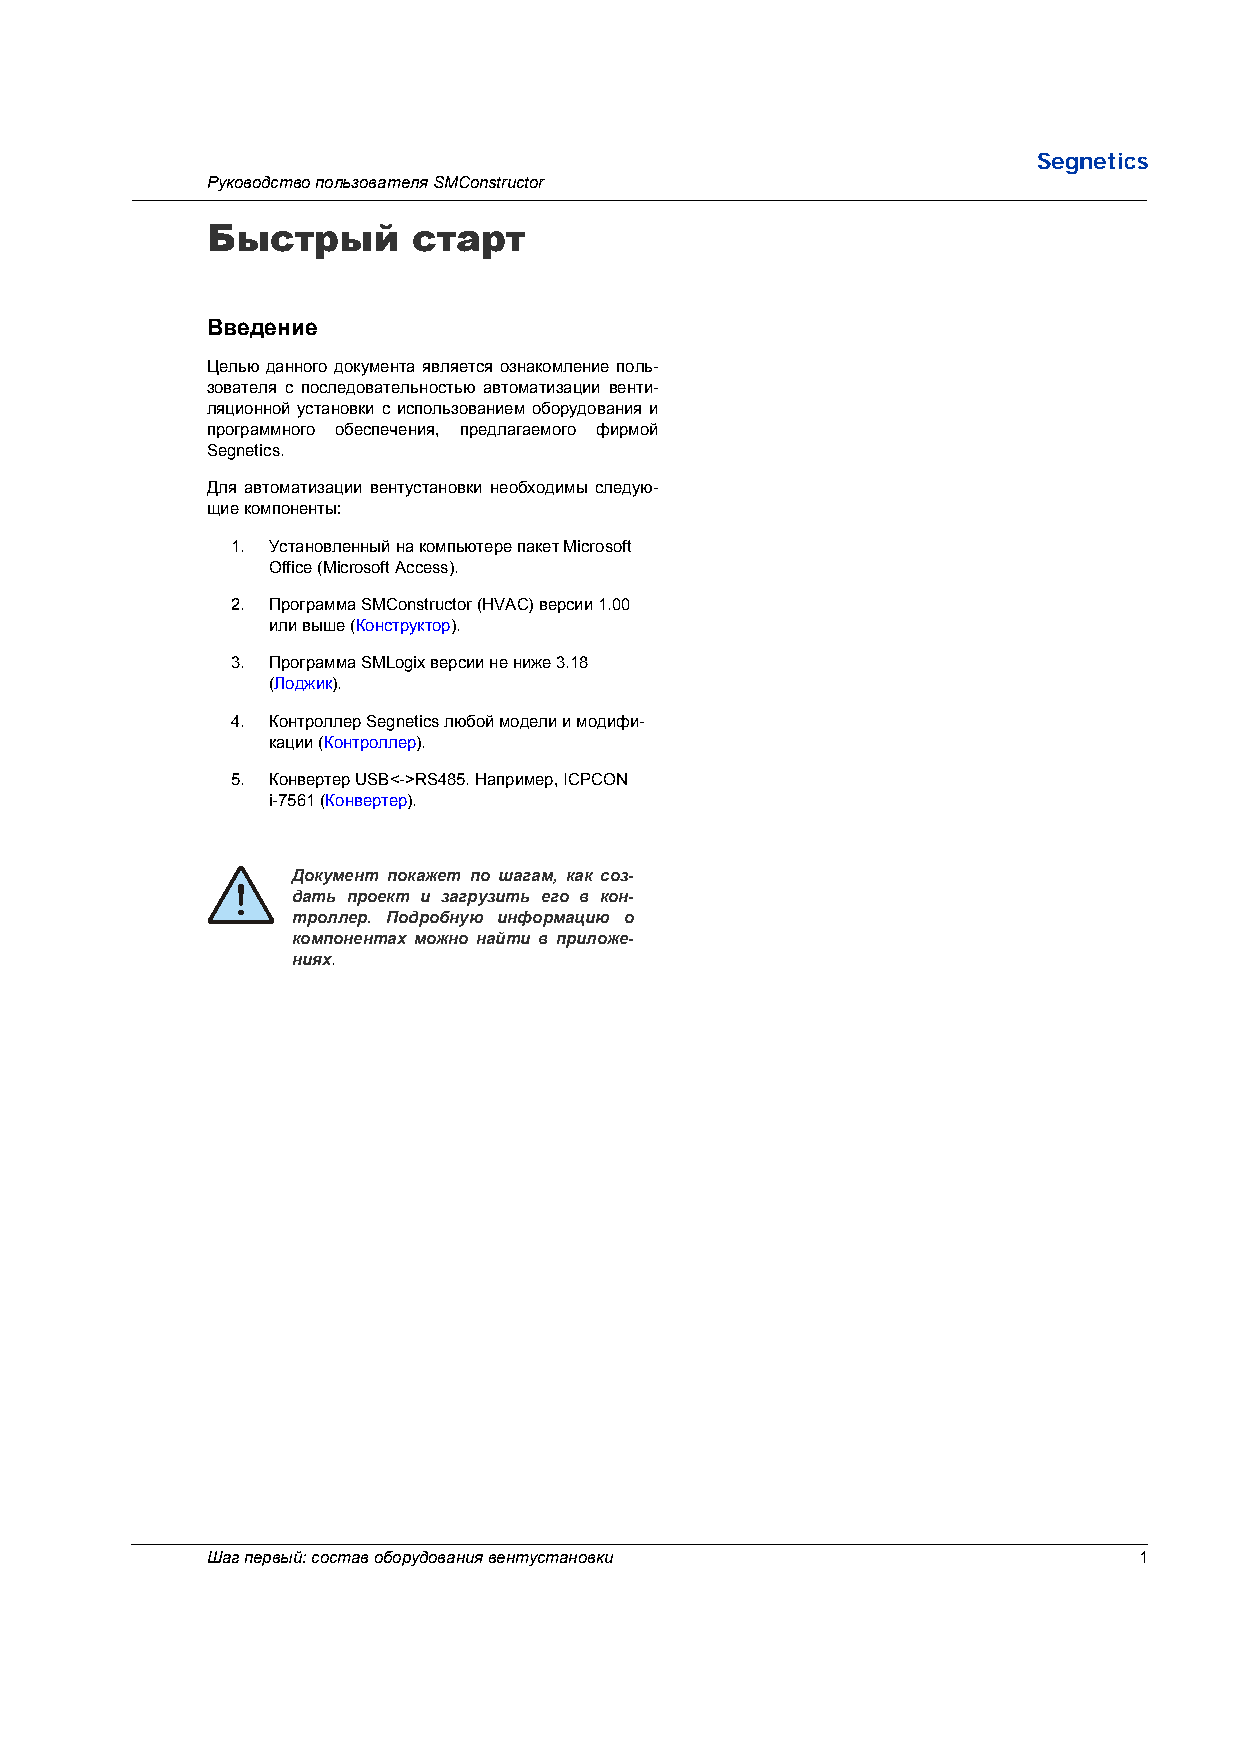
Segnetics
 Руководство пользователя SMConstructor
 Быстрый      старт
 Введение
 Целью данного документа является ознакомление поль-
 зователя с последовательностью автоматизации венти-
 ляционной установки с использованием оборудования и
 программного обеспечения, предлагаемого фирмой
 Segnetics.
 Для автоматизации вентустановки необходимы следую-
 щие компоненты:
 1. Установленный на компьютере пакет Microsoft
 Office (Microsoft Access).
 2. Программа SMConstructor (HVAC) версии 1.00
 или выше (Конструктор).
 3. Программа SMLogix версии не ниже 3.18
 (Лоджик).
 4. Контроллер Segnetics любой модели и модифи-
 кации (Контроллер).
 5. Конвертер USB<->RS485. Например, ICPCON
 i-7561 (Конвертер).
 Документ покажет по шагам, как соз-
 дать проект и загрузить его в кон-
 троллер. Подробную информацию о
 компонентах можно найти в приложе-
 ниях.
 Шаг первый: состав оборудования вентустановки                1